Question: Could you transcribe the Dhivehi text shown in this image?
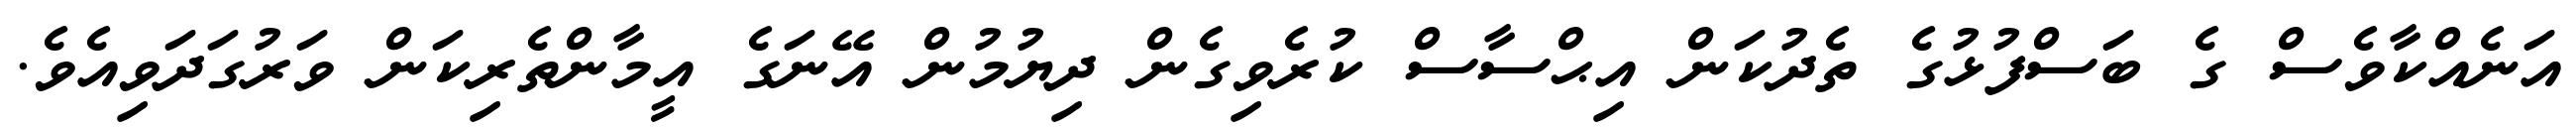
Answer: އަނެއްކާވެސް ގެ ބަސްފުޅުގެ ތެދުކަން އިޙްސާސް ކުރެވިގެން ދިޔުމުން އޭނަގެ އީމާންތެރިކަން ވަރުގަދަވިއެވެ.